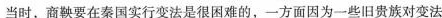
当时，商鞅要在秦国实行变法是很困难的，一方面因为一些旧贵族对变法